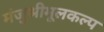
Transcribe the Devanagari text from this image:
मंजुश्रीमूलकल्प